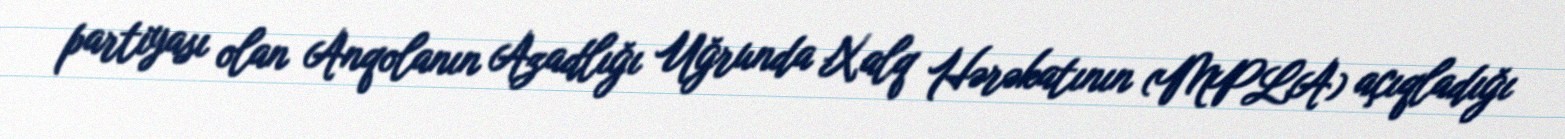
partiyası olan Anqolanın Azadlığı Uğrunda Xalq Hərəkatının (MPLA) açıqladığı